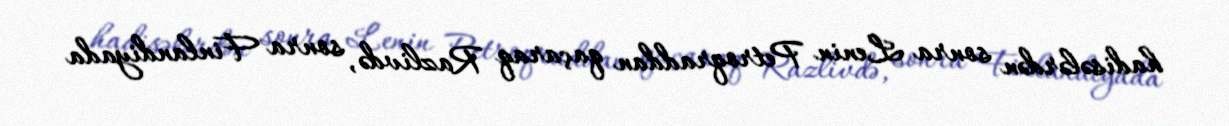
hadisələrdən sonra Lenin Petroqraddan qaçaraq Razlivdə, sonra Finlandiyada